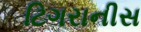
ટિગરાનીસ